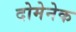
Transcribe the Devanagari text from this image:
दोमेनेक